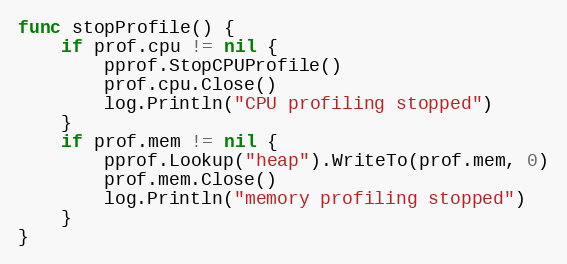
Language: Go
func stopProfile() {
	if prof.cpu != nil {
		pprof.StopCPUProfile()
		prof.cpu.Close()
		log.Println("CPU profiling stopped")
	}
	if prof.mem != nil {
		pprof.Lookup("heap").WriteTo(prof.mem, 0)
		prof.mem.Close()
		log.Println("memory profiling stopped")
	}
}